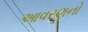
આવરણનો